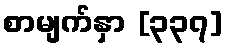
စာမျက်နှာ [၃၃၇]